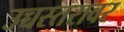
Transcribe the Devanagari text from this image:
उच्चस्तरावर